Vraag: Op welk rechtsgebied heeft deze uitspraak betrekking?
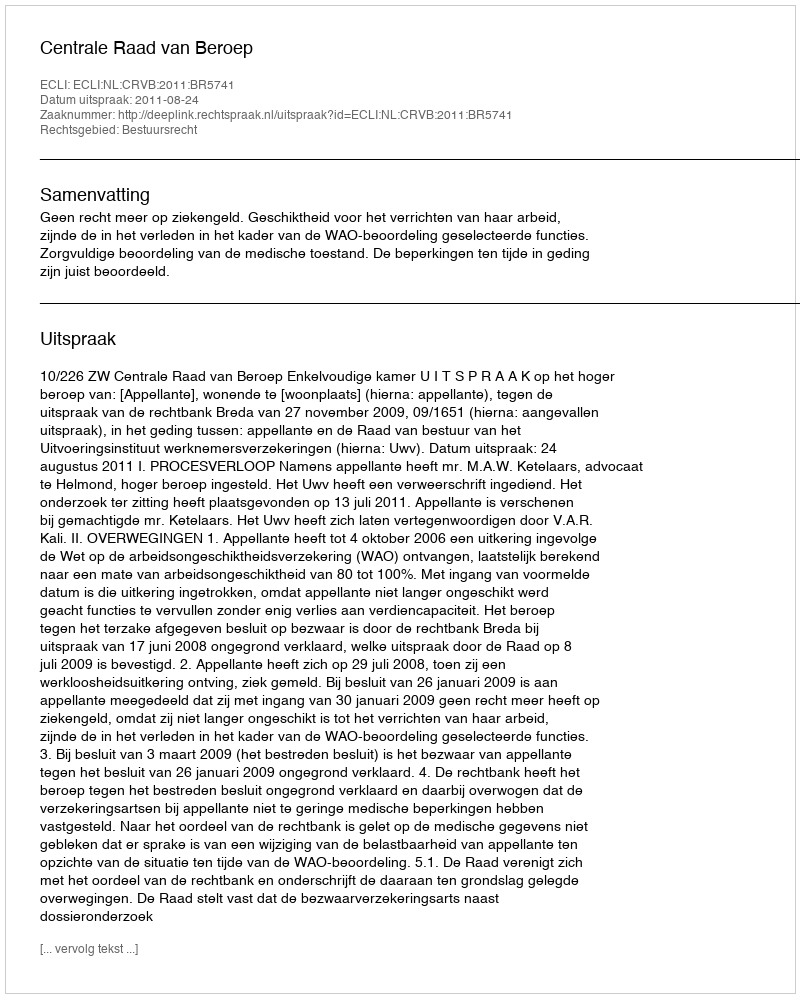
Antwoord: Bestuursrecht